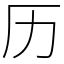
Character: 历